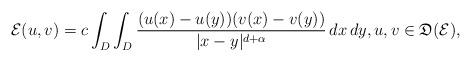
LaTeX: \begin{align*}\mathcal E(u,v)=c\int_D\int_D\frac{(u(x)-u(y))(v(x)-v(y))}{|x-y|^{d+\alpha}}\,dx\,dy,u,v\in \mathfrak D(\mathcal E),\end{align*}